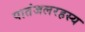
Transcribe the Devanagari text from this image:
पातंजलरहस्य